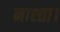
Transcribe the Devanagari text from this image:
नाश्ता।